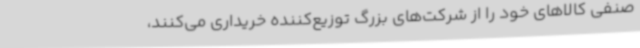
صنفی کالاهای خود را از شرکت‌های بزرگ توزیع‌کننده خریداری می‌کنند،